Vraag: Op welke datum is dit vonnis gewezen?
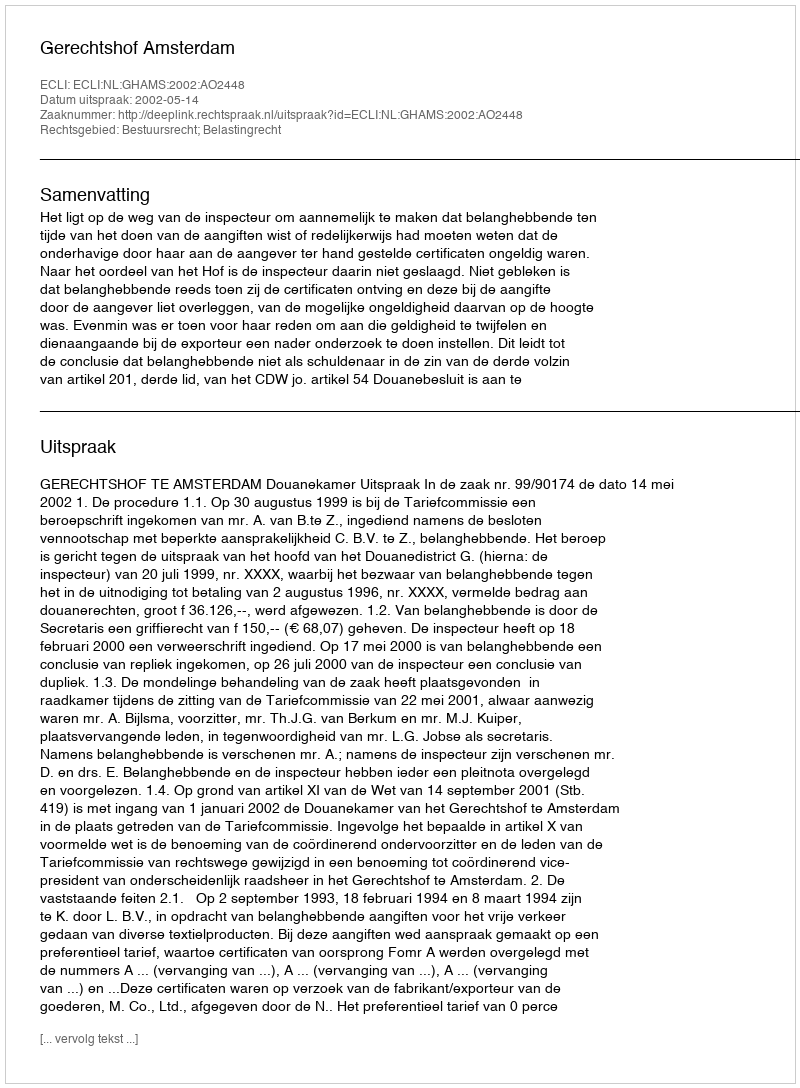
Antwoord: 2002-05-14